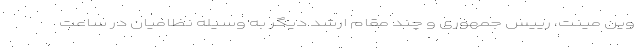
وین مینت، رییس جمهوری و چند مقام ارشد دیگر به وسیله نظامیان در ساعت